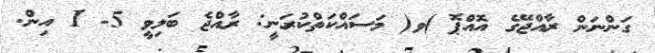
ގަންނަން ރާއްޖޭގެ އޮއްޕޮ )ވ( މަސައްކަތްކުރަނީ: ރާއްޖެ ބަލިވީ 5- 1 އިން.